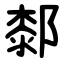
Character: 䣛